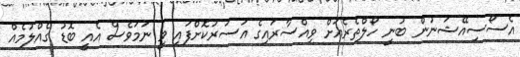
އެސޯސިއޭޝަނުން ބުނީ ހޯލްތެރެއަށް ވިއްސާރައިގެ އަސަރުކޮށްފައި ވީ ނަމަވެސް އެއީ ބޮޑު ގެއްލުމެއް